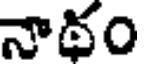
నాథం